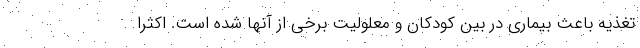
تغذیه باعث بیماری در بین کودکان و معلولیت برخی از آنها شده است. اکثرا